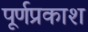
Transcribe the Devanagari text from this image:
पूर्णप्रकाश